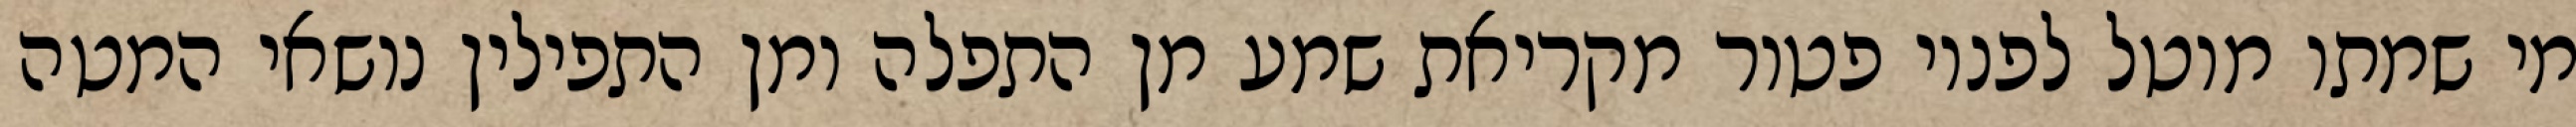
מי שמתו מוטל לפניו פטור מקריאת שמע מן התפלה ומן התפילין נושאי המטה